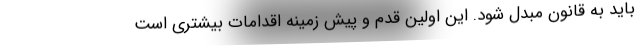
باید به قانون مبدل شود. این اولین قدم و پیش زمینه اقدامات بیشتری است